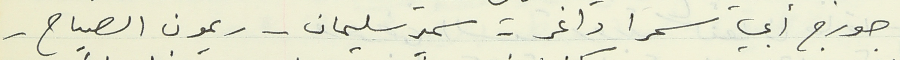
جورج أبي سمرا داغر - سمير سليمان - ريمون الصياح -